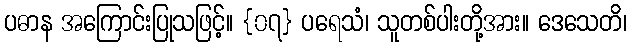
ပဓာန အကြောင်းပြုသဖြင့်။ {၀၇} ပရေသံ၊ သူတစ်ပါးတို့အား။ ဒေသေတိ၊